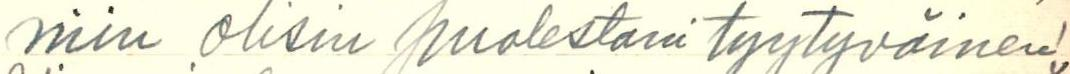
niin olisin puolestani tyytyväinen!,